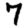
Digit: 7